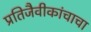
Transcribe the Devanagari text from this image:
प्रतिजैवीकांचाचा